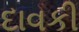
દાવકી